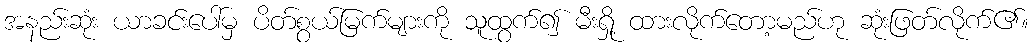
အနည်းဆုံး ယာခင်းပေါ်မှ ပိတ်စွယ်မြက်များကို သူထွက်၍ မီးရှို့ ထားလိုက်တော့မည်ဟု ဆုံးဖြတ်လိုက်၏။